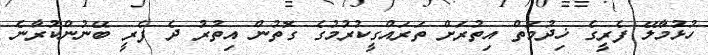
ހުޅުމާލޭ ފެރީގެ ޚިދުމަތް އިތުރަށް ތަރައްގީކުރުމުގެ ގޮތުން އިތުރު ދެ ފެރީ ބޭނުންކުރާނެ